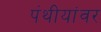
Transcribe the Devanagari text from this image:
पंथीयांवर